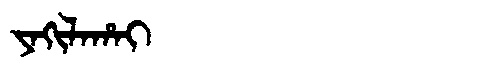
Manchu: ᠶᠠᡴᡳᠯᠠᡥᠠᡳ
Romanization: YAKILAHAI